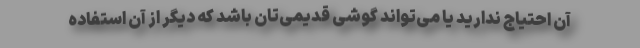
آن احتیاج ندارید یا می‌تواند گوشی قدیمی‌تان باشد که دیگر از آن استفاده